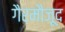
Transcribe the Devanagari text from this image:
गैरमौजूद